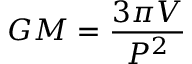
G M = { \frac { 3 \pi V } { P ^ { 2 } } }